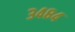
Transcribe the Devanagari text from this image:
३४८४